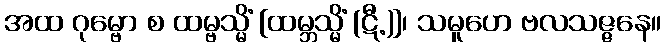
အထ ဂုမ္ဗော စ ထမ္ဗသ္မိံ [ထမ္ဘသ္မိံ (ဋီ.)]၊ သမူဟေ ဗလသဇ္ဇနေ။